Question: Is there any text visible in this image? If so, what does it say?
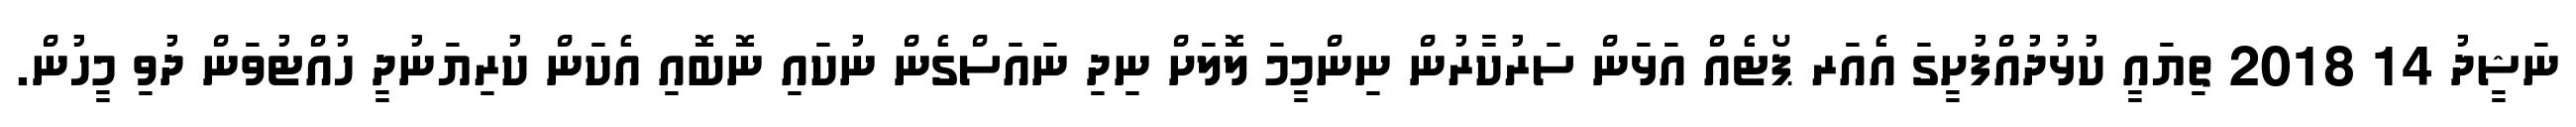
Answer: ނަޝީދު 14 2018 ތިޔައީ ކުޅުދުއްފުށީގަ އެއަރ ޕޯޓެއް އަޅަން ސަރުކާރުން ނިންމީމަ ލޮލަށް ނިދި ނައަސްގެން ނުކައި ނޮބޮއި އެކަން ކުރިޔަނުދީ ހުއްޓުވަން ދުވި މީހުން.